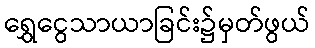
ရွှေငွေသာယာခြင်း၌မှတ်ဖွယ်